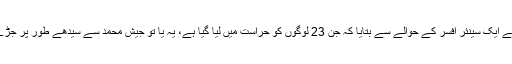
خبر رساں ایجنسی رائٹرز نے پولیس کے ایک سینئر افسر کے حوالے سے بتایا کہ جن 23 لوگوں کو حراست میں لیا گیا ہے، یہ یا تو جیش محمد سے سیدھے طور پر جڑے ہیں یا پھر اس کی حمایت کرتے ہیں۔